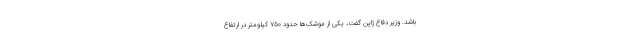
باشد. وزیر دفاع ژاپن گفت، یکی از موشک‌ها حدود ۷۵۰ کیلومتر در ارتفاع